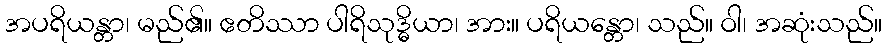
အပရိယန္တာ၊ မည်၏။ ဧတိဿာ ပါရိသုဒ္ဓိယာ၊ အား။ ပရိယန္တော၊ သည်။ ဝါ၊ အဆုံးသည်။